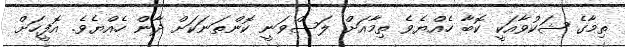
ތިމާގެ ޝަކުވާއަކީ ކޮބާ ހެއްޔެވެ ތިމާއަށް ލަސްވަނީ ކޮންތަނަކަށް ދާން ހެއްޔެވެ. އޮފީހަށް